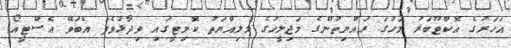
އަހަރުގެ އޮކްޓޫބަރު މަހުގަ ރައްޔިތުންގެ މަޖިލީހުގެ މާލިއްޔަތު ކޮމިޓީގައި ވިދާޅުވެފަ އެބަވޭ އެސްޓީއޯ